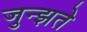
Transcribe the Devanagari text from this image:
जुन्झते